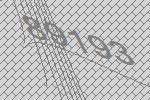
89193